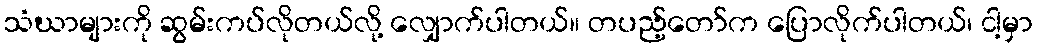
သံဃာများကို ဆွမ်းကပ်လိုတယ်လို့ လျှောက်ပါတယ်။ တပည့်တော်က ပြောလိုက်ပါတယ်၊ ငါ့မှာ